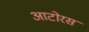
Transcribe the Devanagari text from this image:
आटोरस